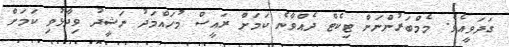
ގަދަވީއެވެ. މެމްބަރުންނަށް ޓިކެޓް ދެއްވާނެ ކަމަށް ރައީސް މުހައްމަދު ނަޝީދު ވިދާޅުވި ކަމަށް